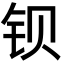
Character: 钡